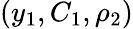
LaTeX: (y_{1},C_{1},\rho_{2})